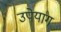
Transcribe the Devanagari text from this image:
उपेयाग